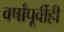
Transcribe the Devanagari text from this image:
वर्षांपूर्वीही